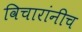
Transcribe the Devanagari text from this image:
विचारांनीच